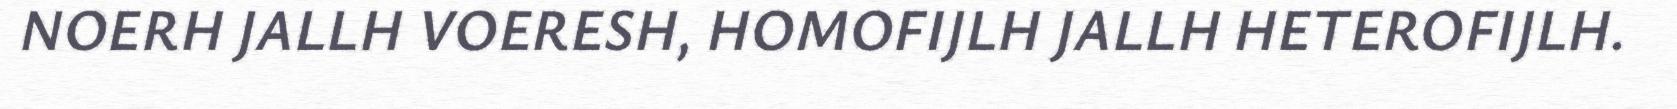
NOERH JALLH VOERESH, HOMOFIJLH JALLH HETEROFIJLH.